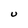
Character: U